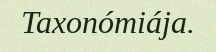
Taxonómiája.